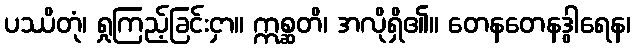
ပဿိတုံ၊ ရှုကြည့်ခြင်းငှာ။ ဣစ္ဆတိ၊ အလိုရှိ၏။ တေနတေနဒွါရေန၊